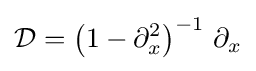
{\mathcal {D}}=\left(1-\partial _{x}^{2}\right)^{-1}\,\partial _{x}